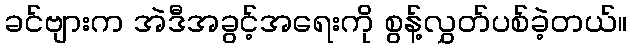
ခင်ဗျားက အဲဒီအခွင့်အရေးကို စွန့်လွှတ်ပစ်ခဲ့တယ်။